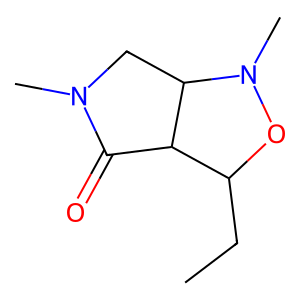
SMILES: CCC1ON(C)C2CN(C)C(=O)C12
Inhibits HIV replication: No